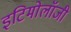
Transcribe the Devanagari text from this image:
इटिमोलॉजी